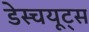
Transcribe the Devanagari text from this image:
डेस्चयूट्स